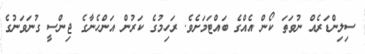
ސިލިންޑަރެއް ނުވަތަ ކޯން އެއްގެ ބައްޓަމަށެވެ. ރަހިމުގެ ކަރުން އަންހެނާގެ ޖިންސީ ގުނަވަނުގެ